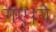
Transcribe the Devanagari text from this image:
गए।ये